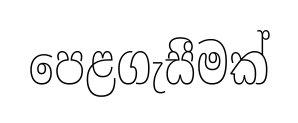
පෙළගැසීමක්